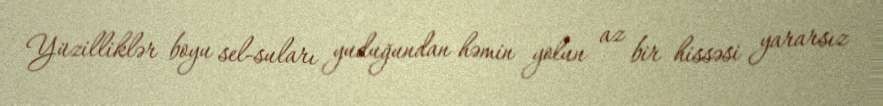
Yüzilliklər boyu sel-suları yuduğundan həmin yolun az bir hissəsi yararsız